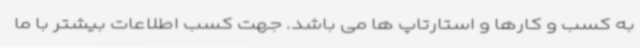
به کسب و کارها و استارتاپ ها می باشد. جهت کسب اطلاعات بیشتر با ما